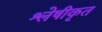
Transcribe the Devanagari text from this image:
श्लेषीकृत